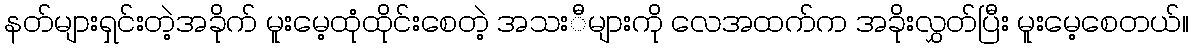
နတ်များရှင်းတဲ့အခိုက် မူးမေ့ထုံထိုင်းစေတဲ့ အသးီများကို လေအထက်က အခိုးလွှတ်ပြီး မူးမေ့စေတယ်။